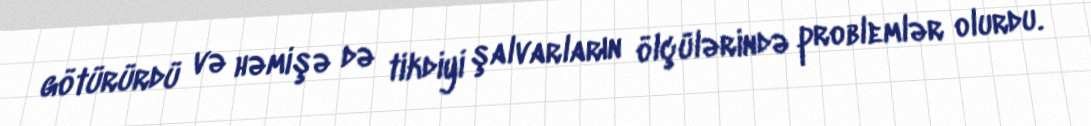
götürürdü və həmişə də tikdiyi şalvarların ölçülərində problemlər olurdu.